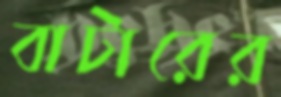
বাটারের